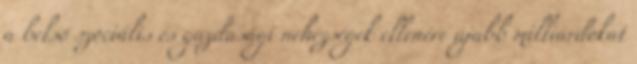
a belső szociális és gazdasági nehézségek ellenére újabb milliárdokat